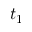
t _ { 1 }